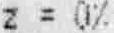
Z = 0%